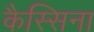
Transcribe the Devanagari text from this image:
कैस्सिना